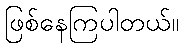
ဖြစ်နေကြပါတယ်။